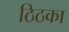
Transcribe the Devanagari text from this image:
ठिठका